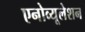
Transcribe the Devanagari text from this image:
एनोव्यूलेशन